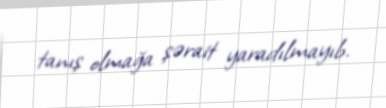
tanış olmağa şərait yaradılmayıb.